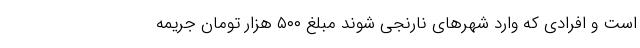
است و افرادی که وارد شهرهای نارنجی شوند مبلغ ۵۰۰ هزار تومان جریمه